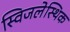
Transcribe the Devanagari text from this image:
स्विजलेस्थिक